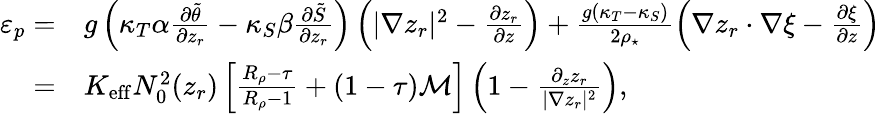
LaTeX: \begin{array}{rl}{\varepsilon_{p}=}&{g\left(\kappa_{T}\alpha\frac{\partial\tilde{\theta}}{\partial z_{r}}-\kappa_{S}\beta\frac{\partial\tilde{S}}{\partial z_{r}}\right)\left(|\nabla z_{r}|^{2}-\frac{\partial z_{r}}{\partial z}\right)+\frac{g(\kappa_{T}-\kappa_{S})}{2\rho_{\star}}\left(\nabla z_{r}\cdot\nabla\xi-\frac{\partial\xi}{\partial z}\right)}\\ {=}&{K_{\mathrm{eff}}N_{0}^{2}(z_{r})\left[\frac{R_{\rho}-\tau}{R_{\rho}-1}+(1-\tau){\cal M}\right]\left(1-\frac{\partial_{z}z_{r}}{|\nabla z_{r}|^{2}}\right),}\end{array}